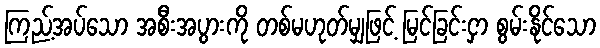
ကြည့်အပ်သော အစီးအပွားကို တစ်မဟုတ်မျှဖြင့် မြင်ခြင်းငှာ စွမ်းနိုင်သော